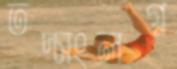
তদ্সংলগ্ন